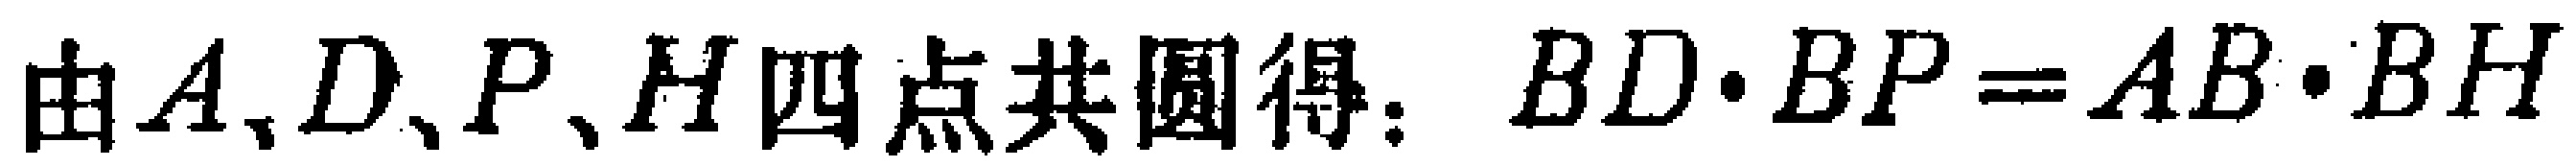
由\(A,D,P,H\)四点共圆得：\(BD\cdot BP = AB\cdot BH\)